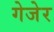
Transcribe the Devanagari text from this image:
गेजेर